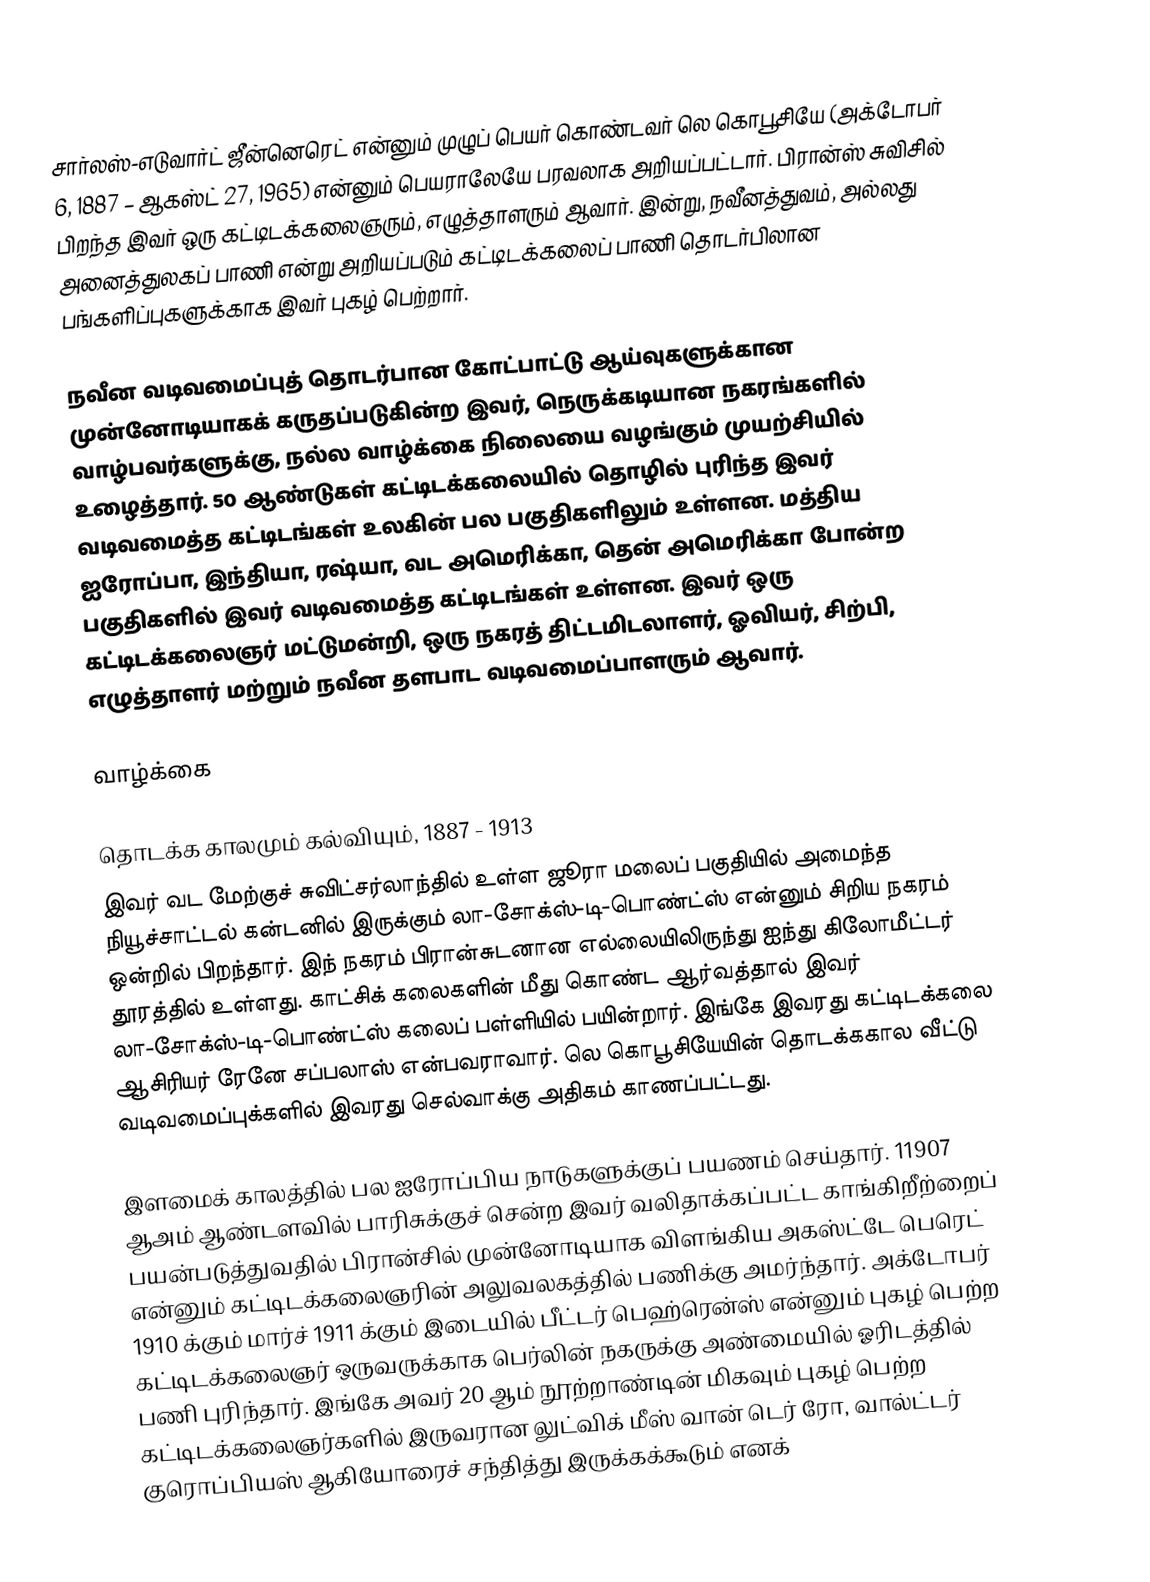
சார்லஸ்-எடுவார்ட் ஜீன்னெரெட் என்னும் முழுப் பெயர் கொண்டவர் லெ கொபூசியே (அக்டோபர் 6, 1887 – ஆகஸ்ட் 27, 1965) என்னும் பெயராலேயே பரவலாக அறியப்பட்டார். பிரான்ஸ் சுவிசில் பிறந்த இவர் ஒரு கட்டிடக்கலைஞரும், எழுத்தாளரும் ஆவார். இன்று, நவீனத்துவம், அல்லது அனைத்துலகப் பாணி என்று அறியப்படும் கட்டிடக்கலைப் பாணி தொடர்பிலான பங்களிப்புகளுக்காக இவர் புகழ் பெற்றார்.

நவீன வடிவமைப்புத் தொடர்பான கோட்பாட்டு ஆய்வுகளுக்கான முன்னோடியாகக் கருதப்படுகின்ற இவர், நெருக்கடியான நகரங்களில் வாழ்பவர்களுக்கு, நல்ல வாழ்க்கை நிலையை வழங்கும் முயற்சியில் உழைத்தார். 50 ஆண்டுகள் கட்டிடக்கலையில் தொழில் புரிந்த இவர் வடிவமைத்த கட்டிடங்கள் உலகின் பல பகுதிகளிலும் உள்ளன. மத்திய ஐரோப்பா, இந்தியா, ரஷ்யா, வட அமெரிக்கா, தென் அமெரிக்கா போன்ற பகுதிகளில் இவர் வடிவமைத்த கட்டிடங்கள் உள்ளன. இவர் ஒரு கட்டிடக்கலைஞர் மட்டுமன்றி, ஒரு நகரத் திட்டமிடலாளர், ஓவியர், சிற்பி, எழுத்தாளர் மற்றும் நவீன தளபாட வடிவமைப்பாளரும் ஆவார்.

வாழ்க்கை

தொடக்க காலமும் கல்வியும், 1887 - 1913
இவர் வட மேற்குச் சுவிட்சர்லாந்தில் உள்ள ஜூரா மலைப் பகுதியில் அமைந்த நியூச்சாட்டல் கன்டனில் இருக்கும் லா-சோக்ஸ்-டி-பொண்ட்ஸ் என்னும் சிறிய நகரம் ஒன்றில் பிறந்தார். இந் நகரம் பிரான்சுடனான எல்லையிலிருந்து ஐந்து கிலோமீட்டர் தூரத்தில் உள்ளது. காட்சிக் கலைகளின் மீது கொண்ட ஆர்வத்தால் இவர் லா-சோக்ஸ்-டி-பொண்ட்ஸ் கலைப் பள்ளியில் பயின்றார். இங்கே இவரது கட்டிடக்கலை ஆசிரியர் ரேனே சப்பலாஸ் என்பவராவார். லெ கொபூசியேயின் தொடக்ககால வீட்டு வடிவமைப்புக்களில் இவரது செல்வாக்கு அதிகம் காணப்பட்டது.

இளமைக் காலத்தில் பல ஐரோப்பிய நாடுகளுக்குப் பயணம் செய்தார். 11907 ஆஅம் ஆண்டளவில் பாரிசுக்குச் சென்ற இவர் வலிதாக்கப்பட்ட காங்கிறீற்றைப் பயன்படுத்துவதில் பிரான்சில் முன்னோடியாக விளங்கிய அகஸ்ட்டே பெரெட் என்னும் கட்டிடக்கலைஞரின் அலுவலகத்தில் பணிக்கு அமர்ந்தார். அக்டோபர் 1910 க்கும் மார்ச் 1911 க்கும் இடையில் பீட்டர் பெஹ்ரென்ஸ் என்னும் புகழ் பெற்ற கட்டிடக்கலைஞர் ஒருவருக்காக பெர்லின் நகருக்கு அண்மையில் ஓரிடத்தில் பணி புரிந்தார். இங்கே அவர் 20 ஆம் நூற்றாண்டின் மிகவும் புகழ் பெற்ற கட்டிடக்கலைஞர்களில் இருவரான லுட்விக் மீஸ் வான் டெர் ரோ, வால்ட்டர் குரொப்பியஸ் ஆகியோரைச் சந்தித்து இருக்கக்கூடும் எனக்